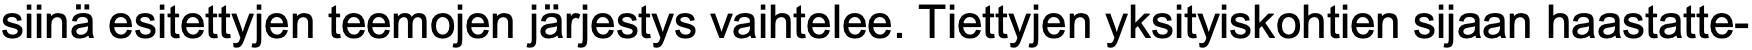
siinä esitettyjen teemojen järjestys vaihtelee. Tiettyjen yksityiskohtien sijaan haastatte-